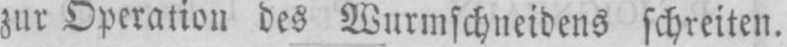
zur Operation des Wurmschneidens schreiten.